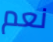
نعم